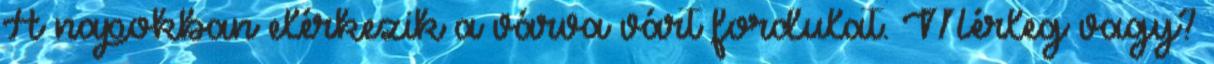
A napokban elérkezik a várva várt fordulat. Mérleg vagy?